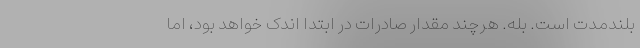
بلندمدت است. بله. هرچند مقدار صادرات در ابتدا اندک خواهد بود، اما